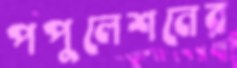
পপুলেশনের